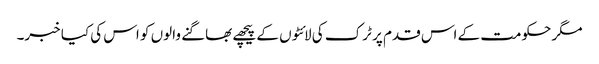
مگر حکومت کے اس قدم پر ٹرک کی لائٹوں کے پیچھے بھاگنے والوں کو اس کی کیا خبر۔